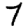
Digit: 7